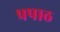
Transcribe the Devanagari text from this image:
प्रपाठ